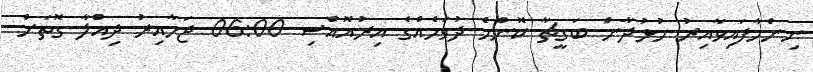
ނިންމާފައިވާއިރު ހުޅުދާން ބަގީޗާ ކޮންމެ ދުވަހެއްގެ އިރުއޮއްސި 06:00 ޖަހާއިރު ދިއްލާ ގޮތަށް